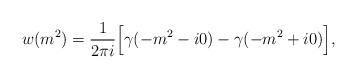
LaTeX: \begin{align*}w(m^2) = \frac{1}{2\pi i} \Bigl[ \gamma(-m^2 - i0) - \gamma(-m^2 + i0) \Bigr] ,\end{align*}